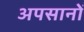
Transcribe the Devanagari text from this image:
अपसानों